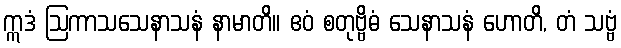
ဣဒံ ဩကာသသေနာသနံ နာမာတိ။ ဧဝံ စတုဗ္ဗိဓံ သေနာသနံ ဟောတိ, တံ သဗ္ဗံ